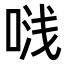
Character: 𭈟